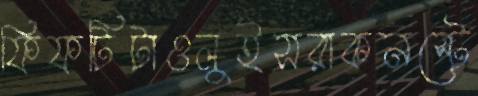
ফিফটিটাওলুইসরাকনস্টে